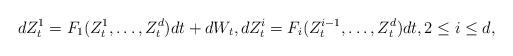
LaTeX: \begin{align*} d Z_t^1 = F_1(Z_t^1, \hdots, Z_t^d) d t + d W_t, d Z_t^i = F_i(Z_t^{i-1}, \hdots, Z_t^d) d t, 2 \leq i \leq d, \end{align*}